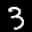
Label: 3